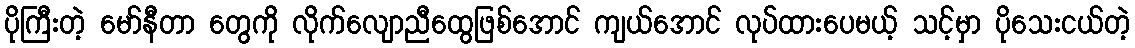
ပိုကြီးတဲ့ မော်နီတာ တွေကို လိုက်လျောညီထွေဖြစ်အောင် ကျယ်အောင် လုပ်ထားပေမယ့် သင့်မှာ ပိုသေးငယ်တဲ့